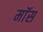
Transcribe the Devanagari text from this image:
माॅस